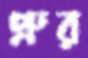
প্রুর